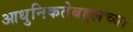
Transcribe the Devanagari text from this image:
आधुनिकतेबद्दलच्या